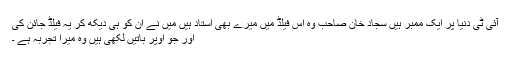
آئی ٹی دُنیا پر ایک ممبر ہیں سجاد خان صاحب وہ اس فیلڈ میں میرے بھی اُستاد ہیں میں نے اُن کو ہی دیکھ کر یہ فیلڈ جائن کی
اور جو اوپر باتیں لکھی ہیں وہ میرا تجربہ ہے ۔